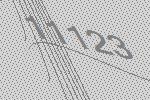
11123